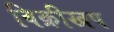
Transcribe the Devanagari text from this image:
विक्रीखप